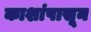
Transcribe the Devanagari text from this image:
काशांपासून